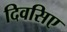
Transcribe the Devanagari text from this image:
दिवसिए